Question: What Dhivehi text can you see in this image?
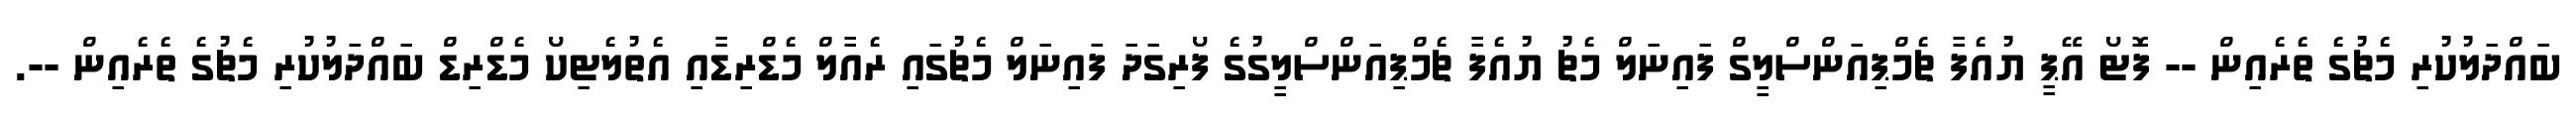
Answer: ބައްދަލުކުރި މެޗުގެ ތެރެއިން -- ފޮޓޯ އޭޕީ ޔުއެފާ ޗެމްޕިއަންސްލީގް ފައިނަލް މެޗު ޔުއެފާ ޗެމްޕިއަންސްލީގުގެ ފޯރިގަދަ ފައިނަލް މެޗުގައި ރެއާލް މެޑްރިޑާއި އެތުލެޓިކޯ މެޑްރިޑް ބައްދަލުކުރި މެޗުގެ ތެރެއިން --.